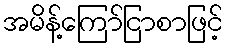
အမိန့်ကြော်ငြာစာဖြင့်